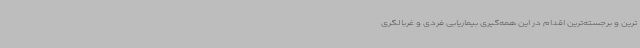
ترین و برجسته‌ترین اقدام در این همه‌گیری بیماریابی فردی و غربالگری